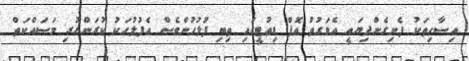
އިސާހިތަކު ފެނިގެންދިޔައީ އެވަގުތު އޮފް ޑިއުޓީގައި ތިބި ފުލުހުންވެސް އެފުލުހަކު ކުރަންހުރި މަސައްކަތް